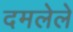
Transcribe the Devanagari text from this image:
दमलेले